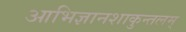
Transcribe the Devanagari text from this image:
आभिज्ञानशाकुन्तलम्